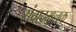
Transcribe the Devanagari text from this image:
संवादमूलक